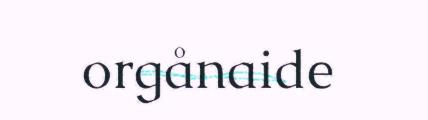
orgånaide